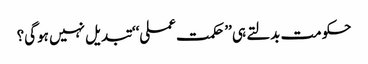
حکومت بدلتے ہی ’’حکمت عملی‘‘ تبدیل نہیں ہوگی؟